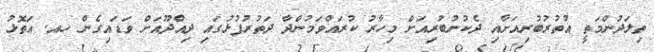
ތިލަދުންމަތީ އުތުރުބުރިއަށާއި ދެކުނުބުރިއަށް މިހާރު ކުރައްވަމުންދާ ދަތުރުފުޅުގައި ދިއްދޫއަށް ވަޑައިގެން ހއ. އަތޮޅު